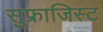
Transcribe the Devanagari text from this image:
सुफ्राजिस्ट